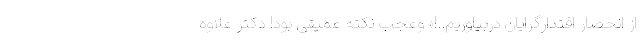
از انحصار اقتدارگرایان دربیاوریم..!» وعجب نکته‌ عمیقی بود! دکتر علاوه